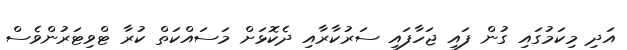
އަދި މިކަމުގައި ގުން ފައި ޖަހާފައި ސަރުކާރާއި ދެކޮޅަށް މަސައްކަތް ކުރާ ޓްވިޓަރުންވެސް